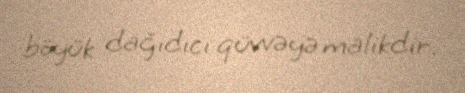
böyük dağıdıcı qüvvəyə malikdir.